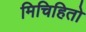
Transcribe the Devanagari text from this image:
मिचिहितो